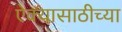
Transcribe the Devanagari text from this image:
ऐक्यासाठीच्या